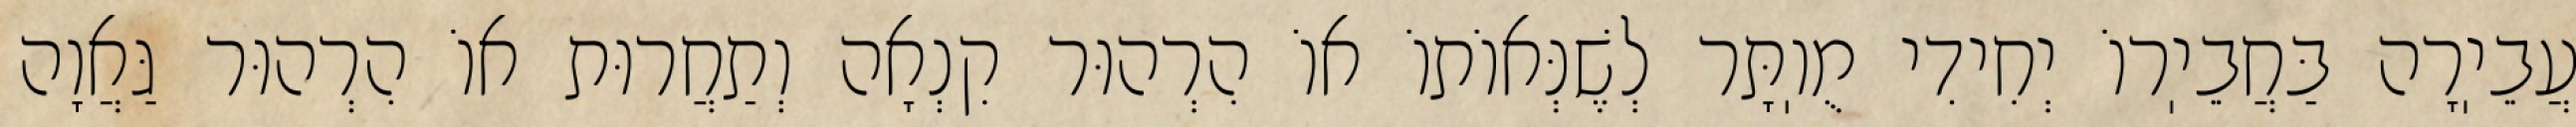
עֲבֵיֽרָה בַּחֲבֵיֽרוֹ יְחִידִי מֻוֽתָּר לְשֶׁנְּאוֹתוֹ אוֹ הִרְהוּר קִנְאָה וְתַחֲרוּת אוֹ הִרְהוּר גַּאֲוָה